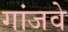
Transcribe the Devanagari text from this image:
गांजवे